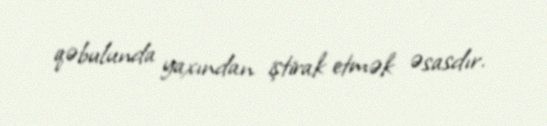
qəbulunda yaxından iştirak etmək əsasdır.